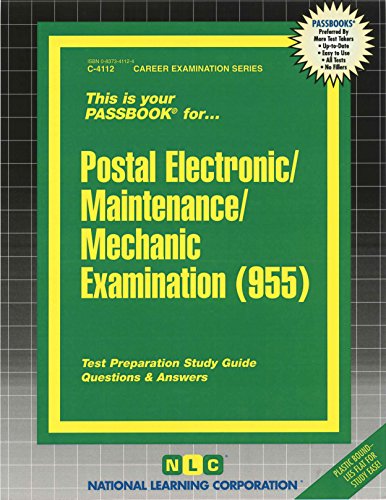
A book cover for Postal Electronic/Maintenance/Mechanic Examination(Passbooks) (Career Examination Passbooks); Jack Rudman; Test Preparation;